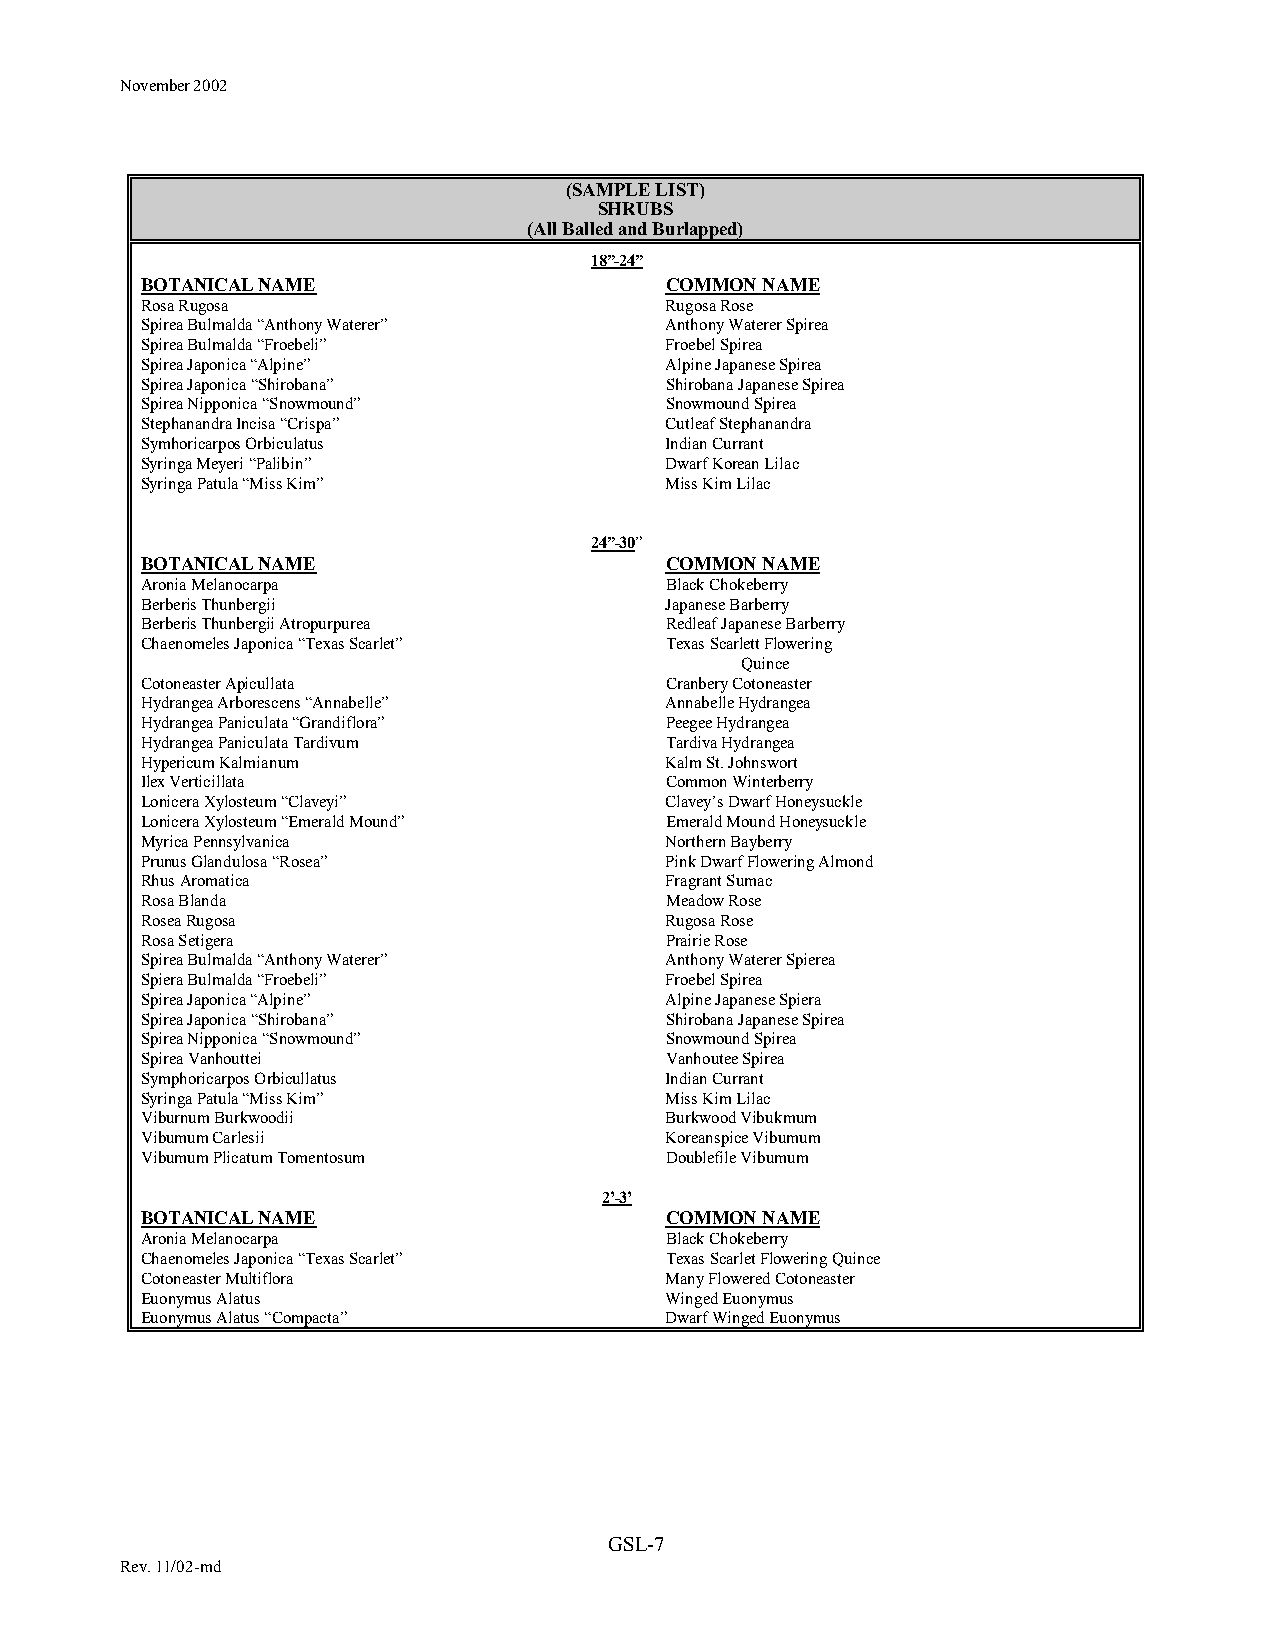
November 2002
 (SAMPLE LIST)
 SHRUBS
 (All Balled and Burlapped)
 18”-24”
 BOTANICAL NAME                     COMMON NAME
 Rosa Rugosa                        Rugosa Rose
 Spirea Bulmalda “Anthony Waterer”  Anthony Waterer Spirea
 Spirea Bulmalda “Froebeli”         Froebel Spirea
 Spirea Japonica “Alpine”           Alpine Japanese Spirea
 Spirea Japonica “Shirobana”        Shirobana Japanese Spirea
 Spirea Nipponica “Snowmound”       Snowmound Spirea
 Stephanandra Incisa “Crispa”       Cutleaf Stephanandra
 Symhoricarpos Orbiculatus          Indian Currant
 Syringa Meyeri “Palibin”           Dwarf Korean Lilac
 Syringa Patula “Miss Kim”          Miss Kim Lilac
 24”-30”
 BOTANICAL NAME                     COMMON NAME
 Aronia Melanocarpa                 Black Chokeberry
 Berberis Thunbergii                Japanese Barberry
 Berberis Thunbergii Atropurpurea   Redleaf Japanese Barberry
 Chaenomeles Japonica “Texas Scarlet” Texas Scarlett Flowering
 Quince
 Cotoneaster Apicullata             Cranbery Cotoneaster
 Hydrangea Arborescens “Annabelle”  Annabelle Hydrangea
 Hydrangea Paniculata “Grandiflora” Peegee Hydrangea
 Hydrangea Paniculata Tardivum      Tardiva Hydrangea
 Hypericum Kalmianum                Kalm St. Johnswort
 Ilex Verticillata                  Common Winterberry
 Lonicera Xylosteum “Claveyi”       Clavey’s Dwarf Honeysuckle
 Lonicera Xylosteum “Emerald Mound” Emerald Mound Honeysuckle
 Myrica Pennsylvanica               Northern Bayberry
 Prunus Glandulosa “Rosea”          Pink Dwarf Flowering Almond
 Rhus Aromatica                     Fragrant Sumac
 Rosa Blanda                        Meadow Rose
 Rosea Rugosa                       Rugosa Rose
 Rosa Setigera                      Prairie Rose
 Spirea Bulmalda “Anthony Waterer”  Anthony Waterer Spierea
 Spiera Bulmalda “Froebeli”         Froebel Spirea
 Spirea Japonica “Alpine”           Alpine Japanese Spiera
 Spirea Japonica “Shirobana”        Shirobana Japanese Spirea
 Spirea Nipponica “Snowmound”       Snowmound Spirea
 Spirea Vanhouttei                  Vanhoutee Spirea
 Symphoricarpos Orbicullatus        Indian Currant
 Syringa Patula “Miss Kim”          Miss Kim Lilac
 Viburnum Burkwoodii                Burkwood Vibukmum
 Vibumum Carlesii                   Koreanspice Vibumum
 Vibumum Plicatum Tomentosum        Doublefile Vibumum
 2’-3’
 BOTANICAL NAME                     COMMON NAME
 Aronia Melanocarpa                 Black Chokeberry
 Chaenomeles Japonica “Texas Scarlet” Texas Scarlet Flowering Quince
 Cotoneaster Multiflora             Many Flowered Cotoneaster
 Euonymus Alatus                    Winged Euonymus
 Euonymus Alatus “Compacta”         Dwarf Winged Euonymus
 GSL-7
 Rev. 11/02-md